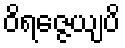
ဝိရဇ္ဇေယျပိ